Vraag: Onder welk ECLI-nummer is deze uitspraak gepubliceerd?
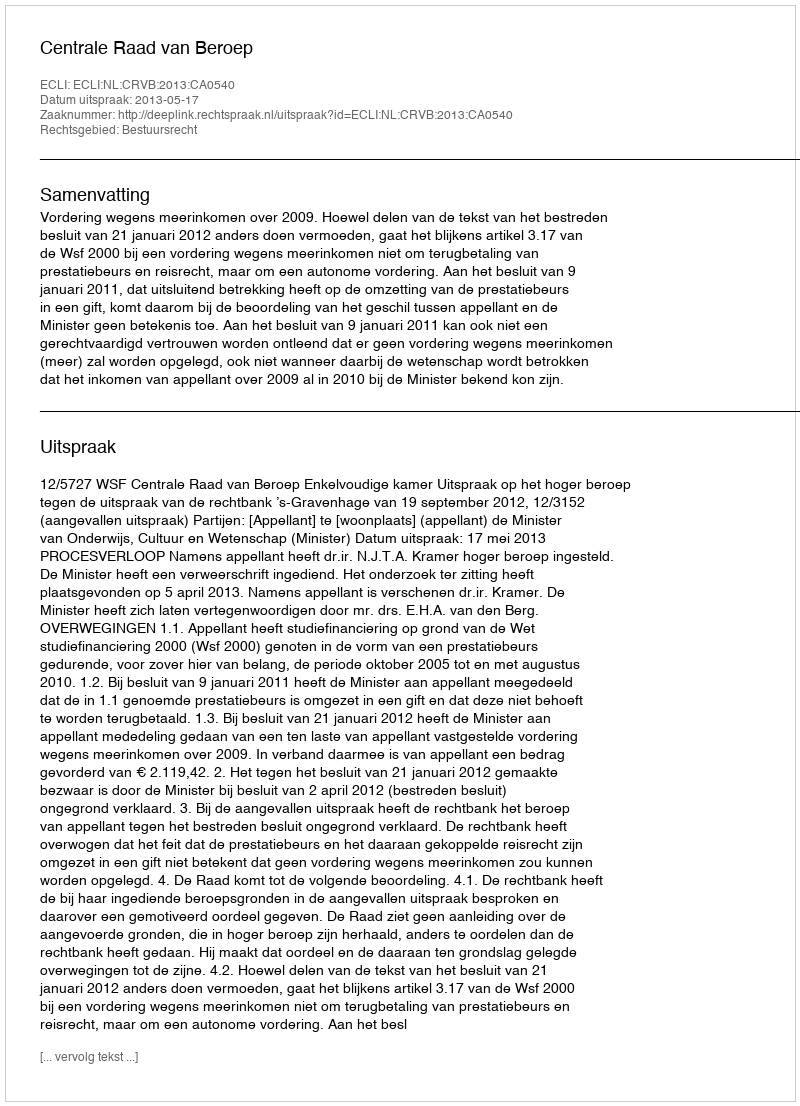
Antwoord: ECLI:NL:CRVB:2013:CA0540